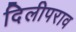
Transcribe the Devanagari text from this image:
दिलीपराव